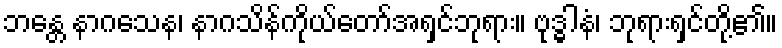
ဘန္တေ နာဂသေန၊ နာဂသိန်ကိုယ်တော်အရှင်ဘုရား။ ဗုဒ္ဓါနံ၊ ဘုရားရှင်တို့၏။